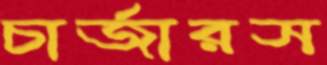
চার্জারস